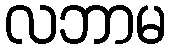
လဘာမ